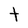
Character: t